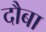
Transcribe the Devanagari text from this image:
दौबा